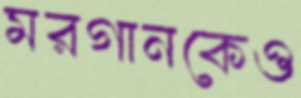
মরগানকেও